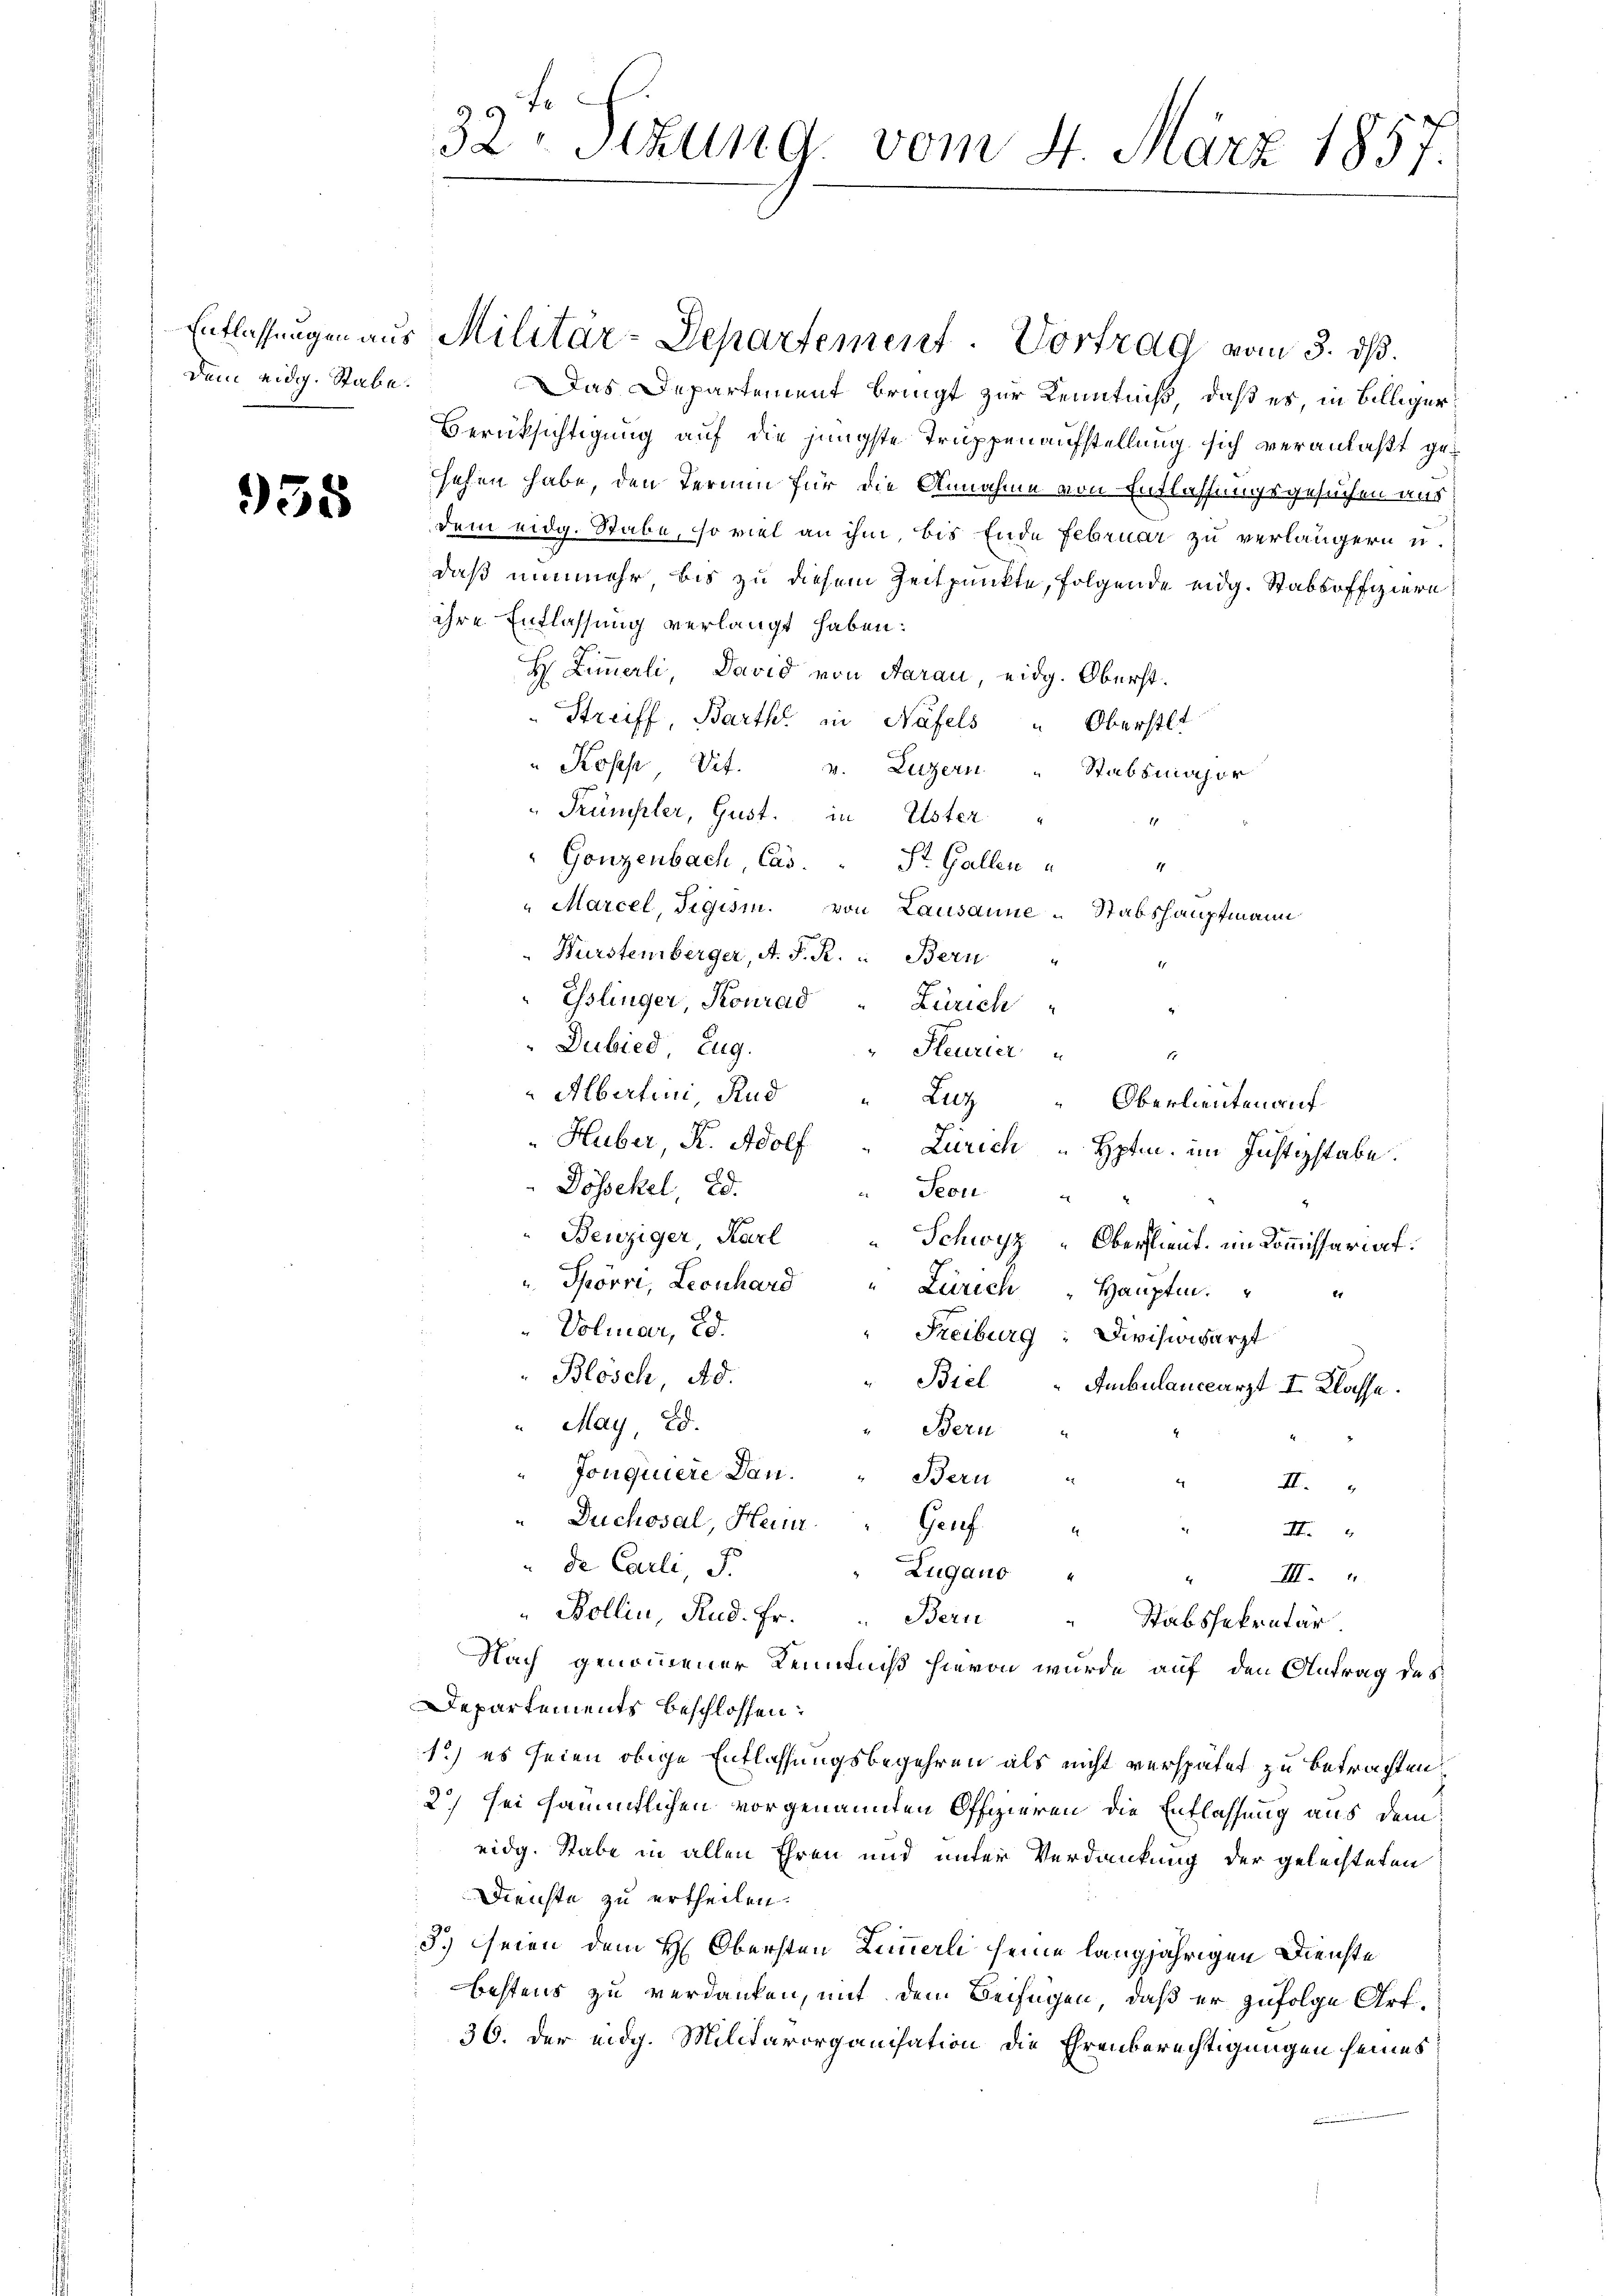
Dem eidg. Stabe.

935

Das Departement bringt zur Kenntniß, daß es, in Billiger¬
Berüksichtigung auf die jüngste Truppenaufstellung sich veranlaßt gesehen habe, den Termin für die Annahme von Entlassungsgesuchen aus
dem eidg. Stabe, so viel an ihm, bis Ende Februar zu verlängern u.
daß nunmehr, bis zu diesem Zeitpunkte, folgende eidg. Stabsoffiziere
ihre Entlassung verlangt haben:
H. Zimmerli, David von Aarau, eidg. Oberst.
Streiff, Barth in Näfels " Oberstet
"Kosche Vit. v. Luzern
Stabsmajor
Frümpler, Gust. in Uster
"Gonzenbach, Cas. St. Gallen
11
"Marcel, Tigism. von Lausanne Stabshauptmann
Würstemberger, A. P. R. " Bern
" Esslinger, Konrad " Zürich
Dubied, Eug.
Fleurier.
Albertrini, Rud
Luz
Oberlieuten auf
Huber, K. Adolf
Zürich Hptm. im Justizstabe.
Dössekel, Ed.
Seon
Benziger, Karl
Schwyz, Oberlieut. im Kommissariat.
" Spörri, Leonhard
Zürich
Hauptm.
er
Volmar, 20.
Freiburg: Divisionsarzt
Blösch, Ad.
Biel Ambulanceärzt I. Klasse.
" May, Ed.
Bern
4
Jonquiere Dan. " Bern
2
d
II.
Duchosal, Heinr.
Gruf
.
.
II.
de Carli, S.
Zugano
III.
Bollin, Rud. Fr. Bern
Stabssekretär
Nach genommener Kenntniß hievon wurde auf den Antrag des
Departements beschlossen:
1.) es seien obige Entlassungsbegehren als nicht verspätet zu betrachten.
2) sei sämmtlichen vorgenannten Offizieren die Entlassung aus dem
eidg. Stabe in allen Ehren und unter Verdankung der geleisteten
Dienste zu ertheilen.
3.) Seien dem H: Obersten Zimmerli seine langjährigen Dienste
bestens zu verdanken, mit dem Beifügen, daß er zufolge Art.
36. Der eidg. Militärorganisation die Ehrenberechtigungen seines

99 te
32: Sizung vom 4. März 1857.

Entlassungen aus Militär-Departement. Vortrag vom 3. dß.

1.